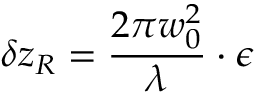
\delta z _ { R } = \frac { 2 \pi w _ { 0 } ^ { 2 } } { \lambda } \cdot \epsilon